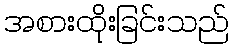
အစားထိုးခြင်းသည်